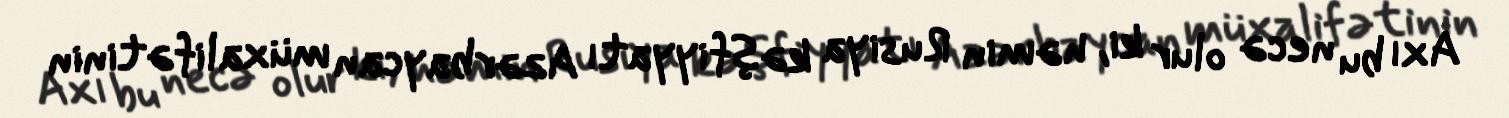
Axı bu necə olur ki, həmin Rusiya kəşfiyyatı Azərbaycan müxalifətinin